Report on malaria in the Punjab during the year ...  together with an account of the work of the Punjab Malaria Bureau - Volume 2
Disease focus: Malaria
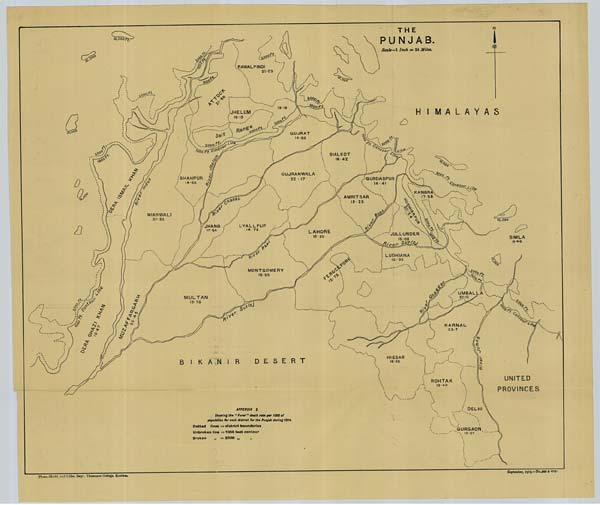
Photo.-Mechl. and Litho. Dept., Thomason College, Roorkee.
September, 1915.—No.-3811.3-475-